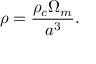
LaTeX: \rho = { \frac { \rho _ { c } \Omega _ { m } } { a ^ { 3 } } } .